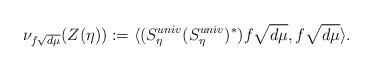
LaTeX: \begin{align*}\nu_{f \sqrt{d \mu}} (Z(\eta) ) : = \langle (S^{univ}_\eta (S^{univ}_\eta)^*)f \sqrt{d \mu}, f \sqrt{d \mu} \rangle.\end{align*}